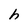
Character: h